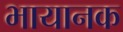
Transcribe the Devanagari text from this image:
भायानक